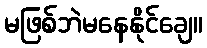
မဖြစ်ဘဲမနေနိုင်ချေ။